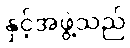
နှင့်အဖွဲ့သည်